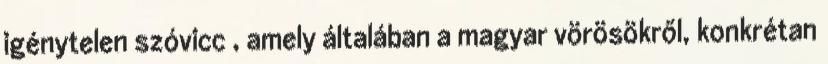
igénytelen szóvicc , amely általában a magyar vörösökről, konkrétan